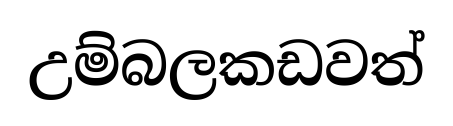
උම්බලකඩවත්